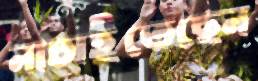
নাচাইতেছেন